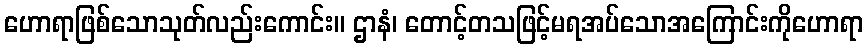
ဟောရာဖြစ်သောသုတ်လည်းကောင်း။ ဌာနံ၊ တောင့်တသဖြင့်မရအပ်သောအကြောင်းကိုဟောရာ